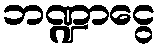
ဘဏ္ဍာငွေ